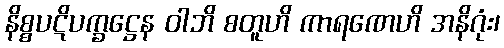
နိစ္စပဋိပက္ခဋ္ဌေန ဝါဘိ စတူဟိ ကာရဏေဟိ အနိဂုံး၊